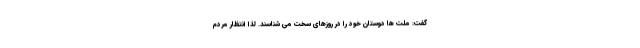
گفت: ملت ها دوستان خود را در روزهای سخت می شناسند. لذا انتظار مردم